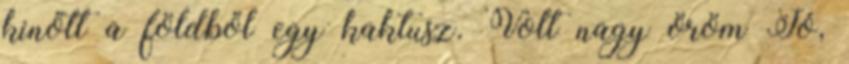
kinőtt a földből egy kaktusz. Volt nagy öröm Jó,